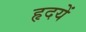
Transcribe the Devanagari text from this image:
हृदयें